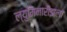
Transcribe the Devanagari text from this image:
ल्युमिनारीझला